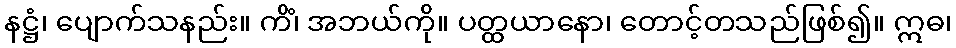
နဋ္ဌံ၊ ပျောက်သနည်း။ ကိံ၊ အဘယ်ကို။ ပတ္ထယာနော၊ တောင့်တသည်ဖြစ်၍။ ဣဓ၊